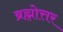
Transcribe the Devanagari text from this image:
ब्रह्मोत्तर